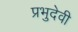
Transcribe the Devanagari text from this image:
प्रभुदेवी